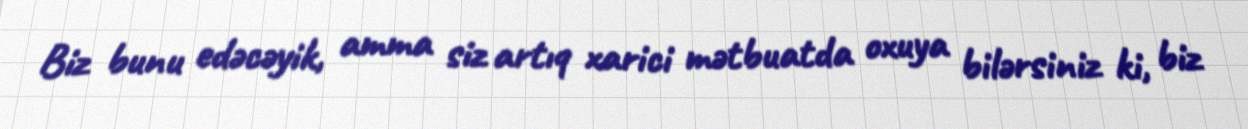
Biz bunu edəcəyik, amma siz artıq xarici mətbuatda oxuya bilərsiniz ki, biz